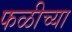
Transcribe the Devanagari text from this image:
फळीच्या